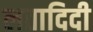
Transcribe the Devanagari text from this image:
लतादिदी